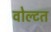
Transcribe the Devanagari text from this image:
वोल्टत